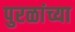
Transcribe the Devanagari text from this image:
पुरळांच्या